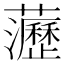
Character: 𧄻